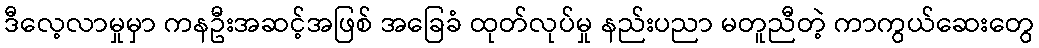
ဒီလေ့လာမှုမှာ ကနဦးအဆင့်အဖြစ် အခြေခံ ထုတ်လုပ်မှု နည်းပညာ မတူညီတဲ့ ကာကွယ်ဆေးတွေ